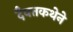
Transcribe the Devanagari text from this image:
दैवतकथेने